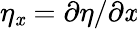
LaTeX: \eta_{\mathit{x}}=\partial{\eta}/\partial\mathit{x}